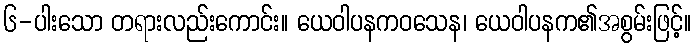
၆-ပါးသော တရားလည်းကောင်း။ ယေဝါပနကဝသေန၊ ယေဝါပနက၏အစွမ်းဖြင့်။